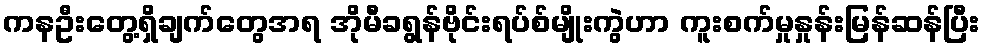
ကနဦးတွေ့ရှိချက်တွေအရ အိုမီခရွန်ဗိုင်းရပ်စ်မျိုးကွဲဟာ ကူးစက်မှုနှုန်းမြန်ဆန်ပြီး